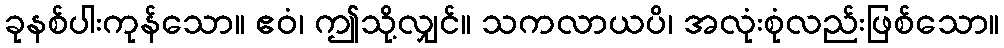
ခုနစ်ပါးကုန်သော။ ဧဝံ၊ ဤသို့လျှင်။ သကလာယပိ၊ အလုံးစုံလည်းဖြစ်သော။